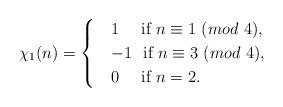
LaTeX: \begin{align*}\chi_1(n)=\begin{cases}&1 \ \ \ \ \mbox{if} \ n\equiv 1 \ (mod \ 4),\\&-1 \ \ \mbox{if} \ n\equiv 3 \ (mod \ 4),\\&0 \ \ \ \ \mbox{if} \ n=2.\end{cases}\end{align*}